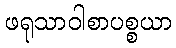
ဖရုသာဝါစာပစ္စယာ